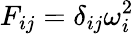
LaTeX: {F}_{ij}=\delta_{ij}\omega_{i}^{2}